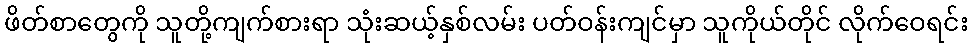
ဖိတ်စာတွေကို သူတို့ကျက်စားရာ သုံးဆယ့်နှစ်လမ်း ပတ်ဝန်းကျင်မှာ သူကိုယ်တိုင် လိုက်ဝေရင်း